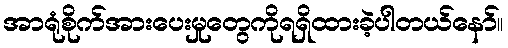
အာရုံစိုက်အားပေးမှုတွေကိုရရှိထားခဲ့ပါတယ်နော်။